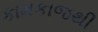
કામકાજથી